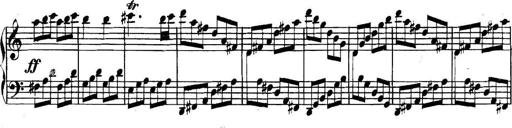
Title: Collected Piano Sonatas
Composer: Muzio Clementi